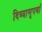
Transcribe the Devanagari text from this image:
दिव्यासुपर्णा